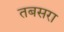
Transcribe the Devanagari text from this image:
तबसरा